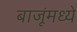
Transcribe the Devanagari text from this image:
बाजूंमध्ये